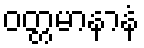
ဝတ္တမာနာနံ